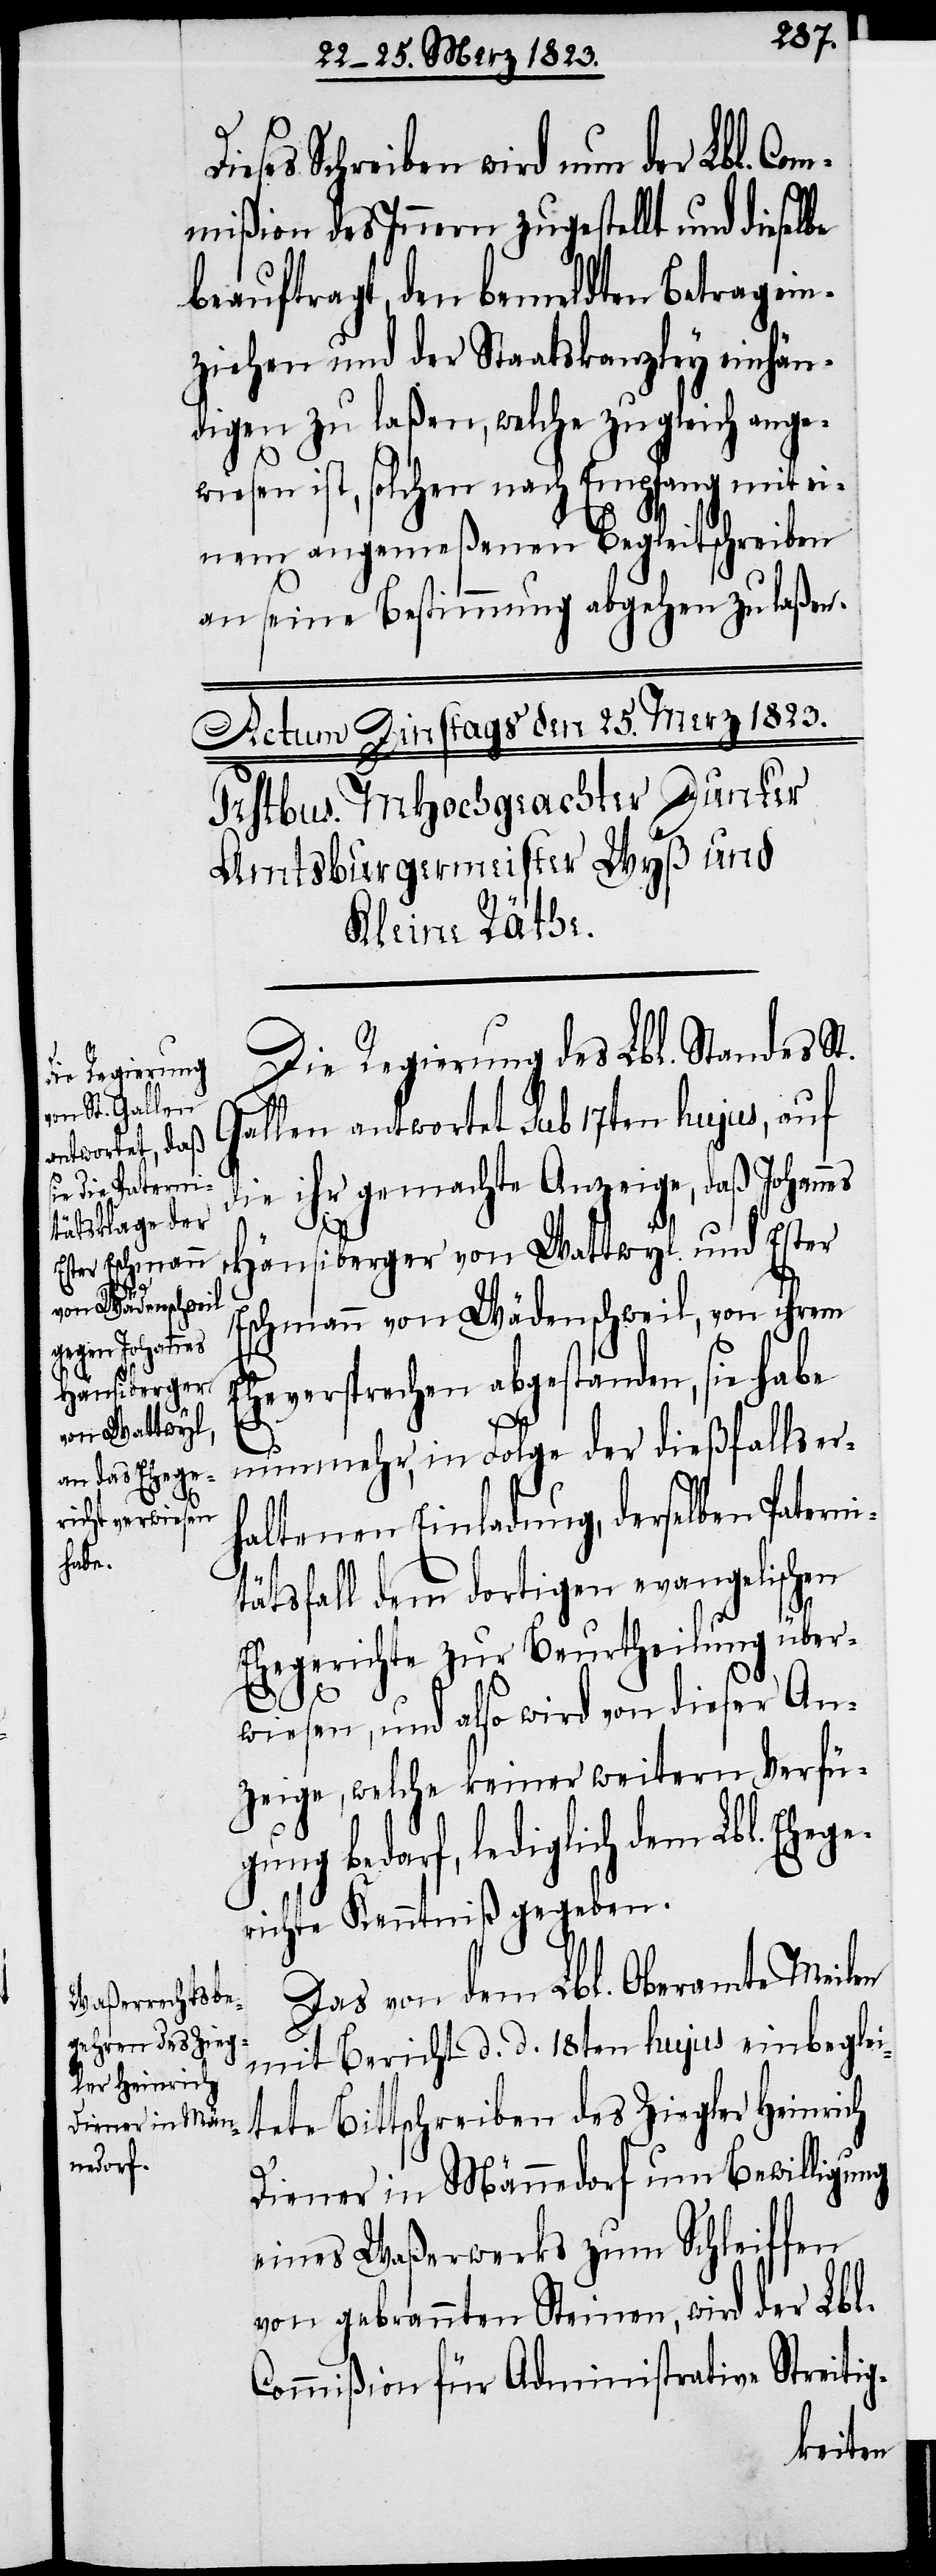
ge¬

ieses Schreiben wird nun der Lbl. Co¬
mmißion des Innern zugestellt und dieselbe
beauftragt, den bemeldten Betrag ein¬
ziehen und der Staatskanzley einhän¬
digen zu laßen, welche zugleich ange¬
wiesen ist, solchen nach Empfang mit ei¬
nem angemeßenen Begleitschreiben
an seine Bestimmung abgehen zu laßen.
Die Regierung des Lbl. Standes St.
allen antwortet sub 17ten hujus, auf
ie ihr gemachte Anzeige, daß Johan¬
nes
Häusiberger von Wattwyl und Ester
Eschmann von Wädenschweil, von ihrem
Eheversprechen abgestanden, sie habe
nunmehr, in Folge der dießfalls er¬
haltenen Einladung, derselben Paterni¬
tätsfall dem dortigen evangelischen
d¬
Ehegerichte zur Beurtheilung über¬
D¬
wiesen, und also wird von dieser An¬
zeige, welche keiner weitern Verfüg¬
ung bedarf, lediglich dem Lbl. Ehe¬
richte Kenntniß gegeben.
Das von dem Lbl. Oberamte Meilen
mit Bericht d. d. 18ten hujus einbeglei¬
tete Bittschreiben des Ziegler Heinrich
Diener in Männedorf um Bewilligung
eines Waßerwerks zum Schleiffen
von gebrannten Steinen, wird der Lbl.
Commißion für Administrative Streitig-